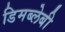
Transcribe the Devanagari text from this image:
डिमब्लेबी